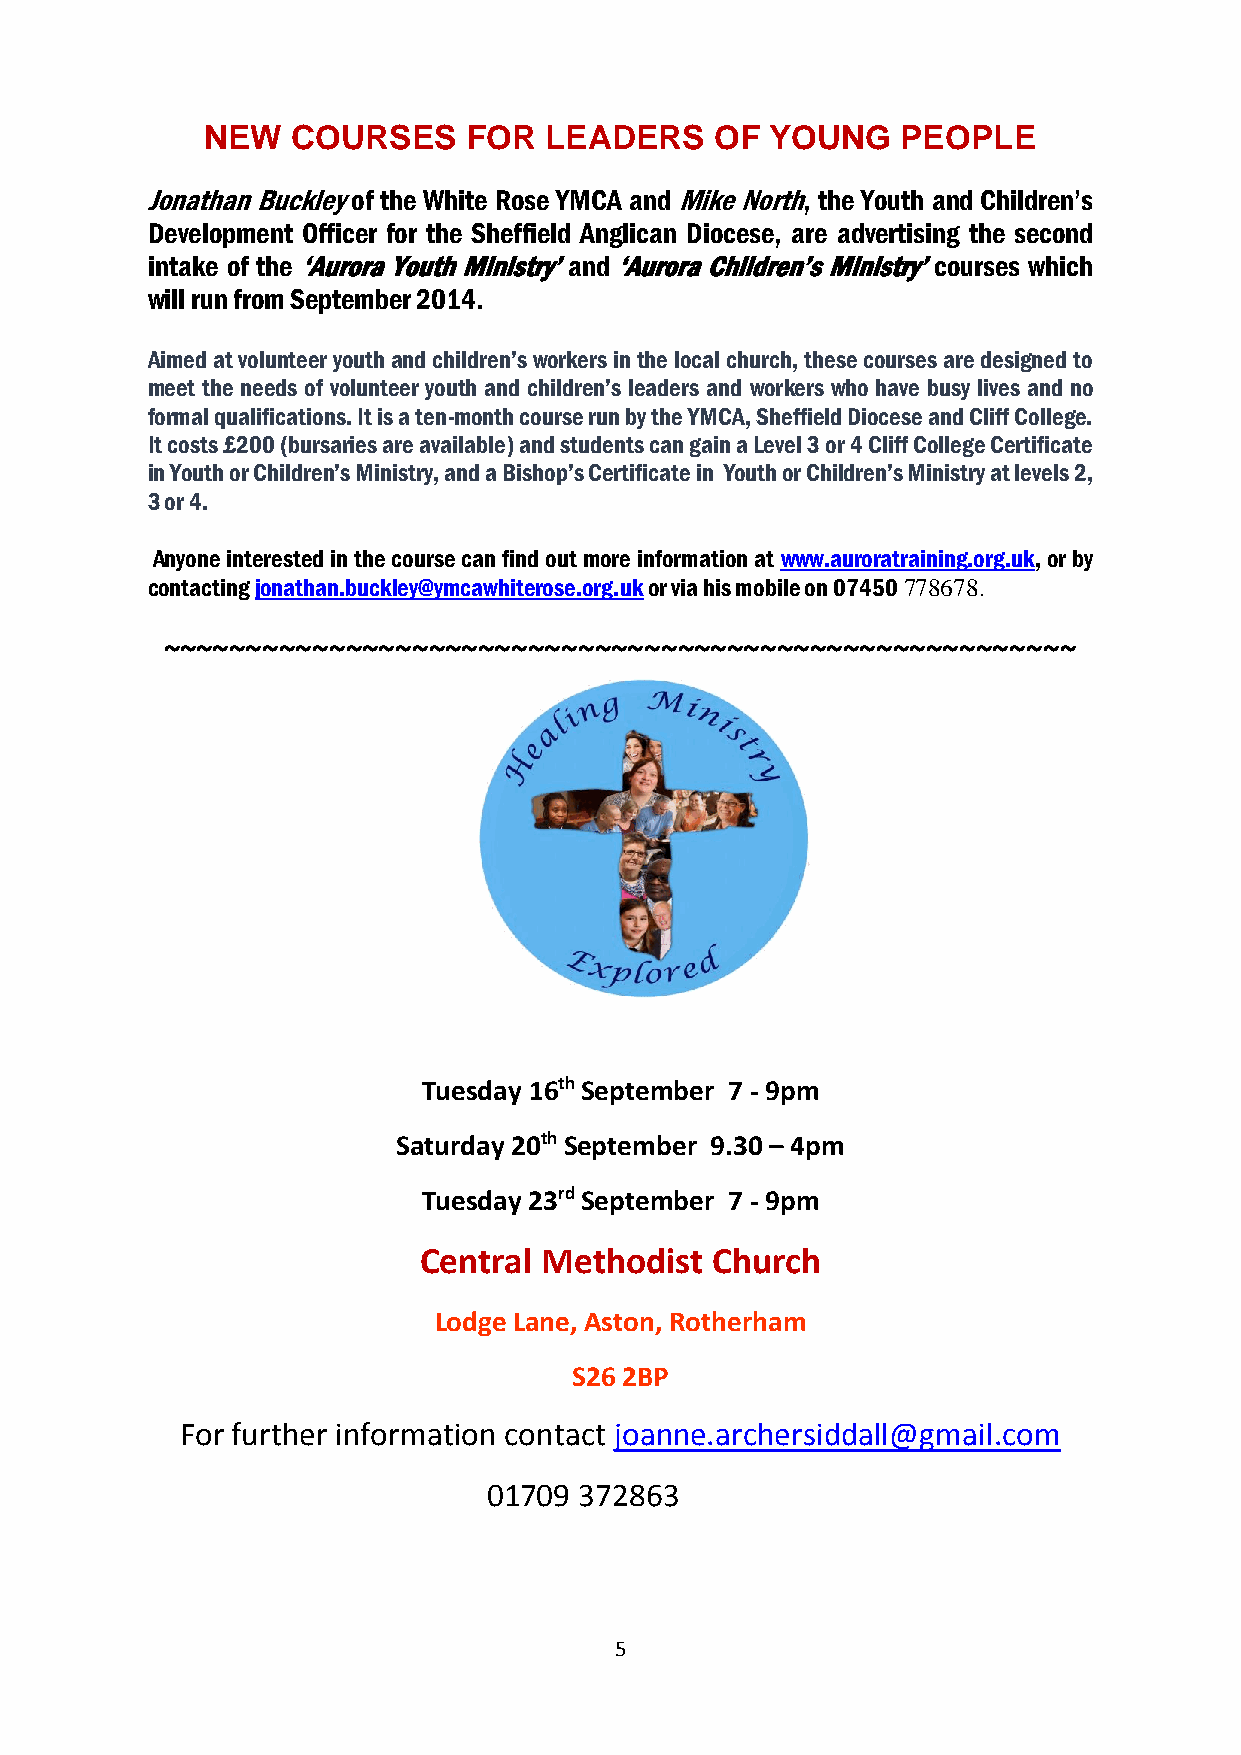
NEW  COURSES     FOR  LEADERS    OF  YOUNG    PEOPLE
 Jonathan Buckley of the White Rose YMCA and Mike North, the Youth and Children’s
 Development Officer for the Sheffield Anglican Diocese, are advertising the second
 intake of the ‘Aurora Youth Ministry’ and ‘Aurora Children’s Ministry’ courses which
 will run from September 2014.
 Aimed at volunteer youth and children’s workers in the local church, these courses are designed to
 meet the needs of volunteer youth and children’s leaders and workers who have busy lives and no
 formal qualifications. It is a ten-month course run by the YMCA, Sheffield Diocese and Cliff College.
 It costs £200 (bursaries are available) and students can gain a Level 3 or 4 Cliff College Certificate
 in Youth or Children’s Ministry, and a Bishop’s Certificate in Youth or Children’s Ministry at levels 2,
 3 or 4.
 Anyone interested in the course can find out more information at www.auroratraining.org.uk, or by
 contacting jonathan.buckley@ymcawhiterose.org.uk or via his mobile on 07450 778678.
 ~~~~~~~~~~~~~~~~~~~~~~~~~~~~~~~~~~~~~~~~~~~~~~~~~~~~~~~
 Tuesday 16th September 7 - 9pm
 Saturday 20th September 9.30 – 4pm
 Tuesday 23rd September 7 - 9pm
 Central Methodist  Church
 Lodge Lane, Aston, Rotherham
 S26 2BP
 For further information contact joanne.archersiddall@gmail.com
 01709 372863
 5